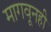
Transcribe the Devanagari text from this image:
मागवूनही